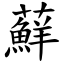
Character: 蘚